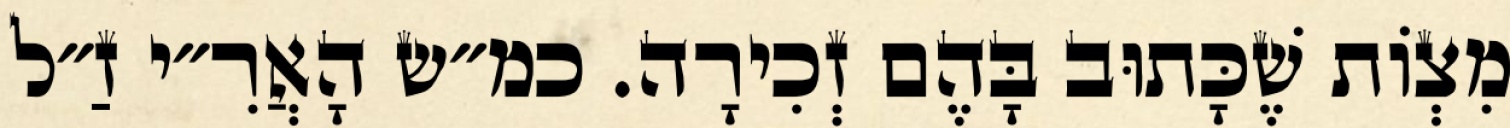
מִצְוֹת שֶׁכָּתוּב בָּהֶם זְכִירָה. כמ״ש הָאֲרִ״י זַ״ל